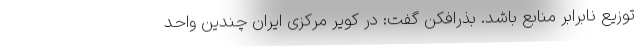
توزیع نابرابر منابع باشد. بذرافکن گفت: در کویر مرکزی ایران چندین واحد